Annual administration report of the Civil Veterinary Department of India - 1906-1907
Year: 1906
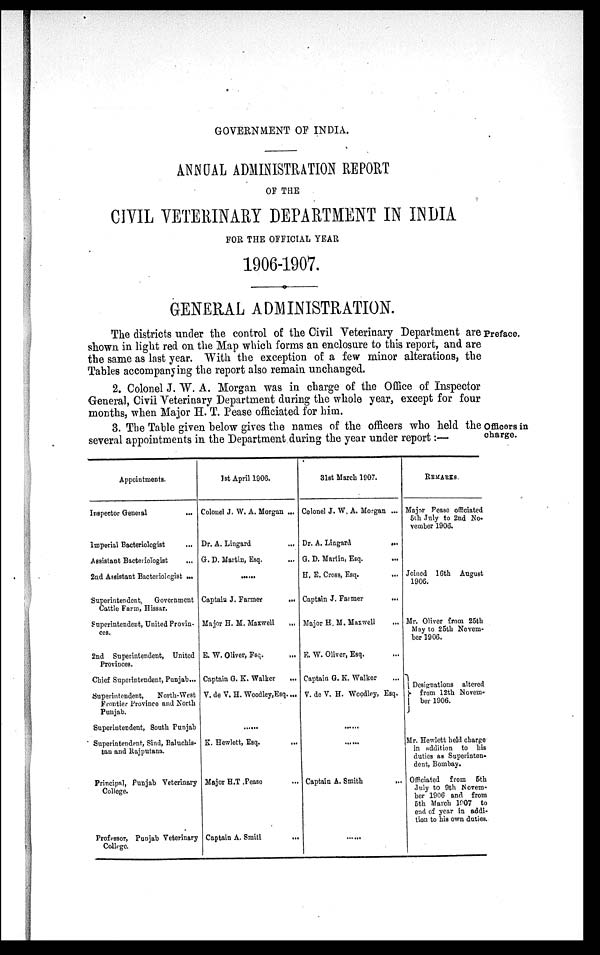
GOVERNMENT OF INDIA.
ANNUAL ADMINISTRATION REPORT
OF THE
CIVIL VETERINARY DEPARTMENT IN INDIA
FOR THE OFFICIAL YEAR
1906-1907.
GENERAL ADMINISTRATION.
Preface.
The districts under the control of the Civil Veterinary Department are
shown in light red on the Map which forms an enclosure to this report, and are
the same as last year. With the exception of a few minor alterations, the
Tables accompanying the report also remain unchanged.
2. Colonel J. W. A. Morgan was in charge of the Office of Inspector
General, Civil Veterinary Department during the whole year, except for four
months, when Major H. T. Pease officiated for him.
Officers in
charge.
3. The Table given below gives the names of the officers who held the
several appointments in the Department during the year under report:—
Appointments.
Inspector General ...
Imperial Bacteriologist ...
Assistant Bacteriologist
...
2nd Assistant Bacteriologist ...
Superintendent,
Government
Cattle Farm, Hissar.
Superintendent, United Provin¬
ces.
2nd Superintendent, United
Provinces.
Chief Superintendent, Punjab...
Superintendent,
North-West
Frontier Province and North
Punjab.
Superintendent, South Punjab
Superintendent, Sind, Baluchis-
tan and Rajputana.
Principal, Punjab Veterinary
College.
Professor, Punjab Veterinary
College.
1st April 1906.
Colonel J. W. A. Morgan ...
Dr. A. Lingard
...
G. D. Martin, Esq. ...
......
Captain J. Farmer
...
Major H. M. Maxwell
...
E. W. Oliver, Fsq. ...
Captain G. K. Walter ...
V. de V. H. Woodley, Esq....
...
K. Hewlett, Esq. ...
Major H.T. Pease ...
Captain A.
Smith
...
31st March 1907.
Colonel J. W. A. Morgan ...
Dr. A. Lingard
...
G. D. Martin, Esq. ...
H. E. Cross, Esq.
...
Captain J. Farmer
...
Major H. M. Maxwell
...
E. W. Oliver, Esq. ...
Captain G. K. Walker ...
V. de V. H. Woodley, Esq.
......
......
Captain A. Smith
...
......
REMARKS.
Major Pease officiated
5th July to 2nd No.
vember 1906.
Joined 16th August
1906.
Mr. Oliver from 25th
May to 25th Novem-
ber 1906.
Designations altered
from 12th Novem-
ber 1906.
Mr. Hewlett held charge
in addition to his
duties as Superinten-
dent, Bombay.
Officiated from 5th
July to 9th Novem-
ber 1906 and from
5th March 1907 to
end of year in addi-
tion to his own duties.